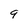
Character: 9